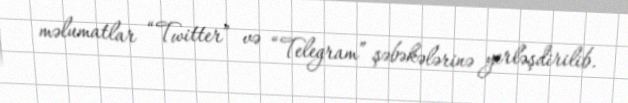
məlumatlar “Twitter” və “Telegram” şəbəkələrinə yerləşdirilib.